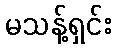
မသန့်ရှင်း